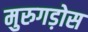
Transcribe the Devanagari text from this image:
मुरुगड़ोस